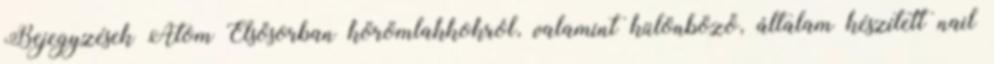
Bejegyzések Atom Elsősorban körömlakkokról, valamint különböző, általam készített nail